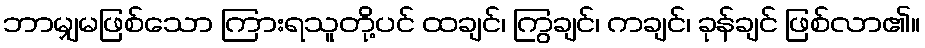
ဘာမျှမဖြစ်သော ကြားရသူတို့ပင် ထချင်၊ ကြွချင်၊ ကချင်၊ ခုန်ချင် ဖြစ်လာ၏။